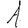
Digit: 1